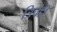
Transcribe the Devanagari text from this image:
त्रिचंडी